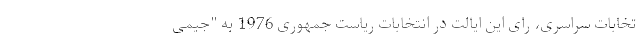
تخابات سراسری، رای این ایالت در انتخابات ریاست جمهوری 1976 به "جیمی